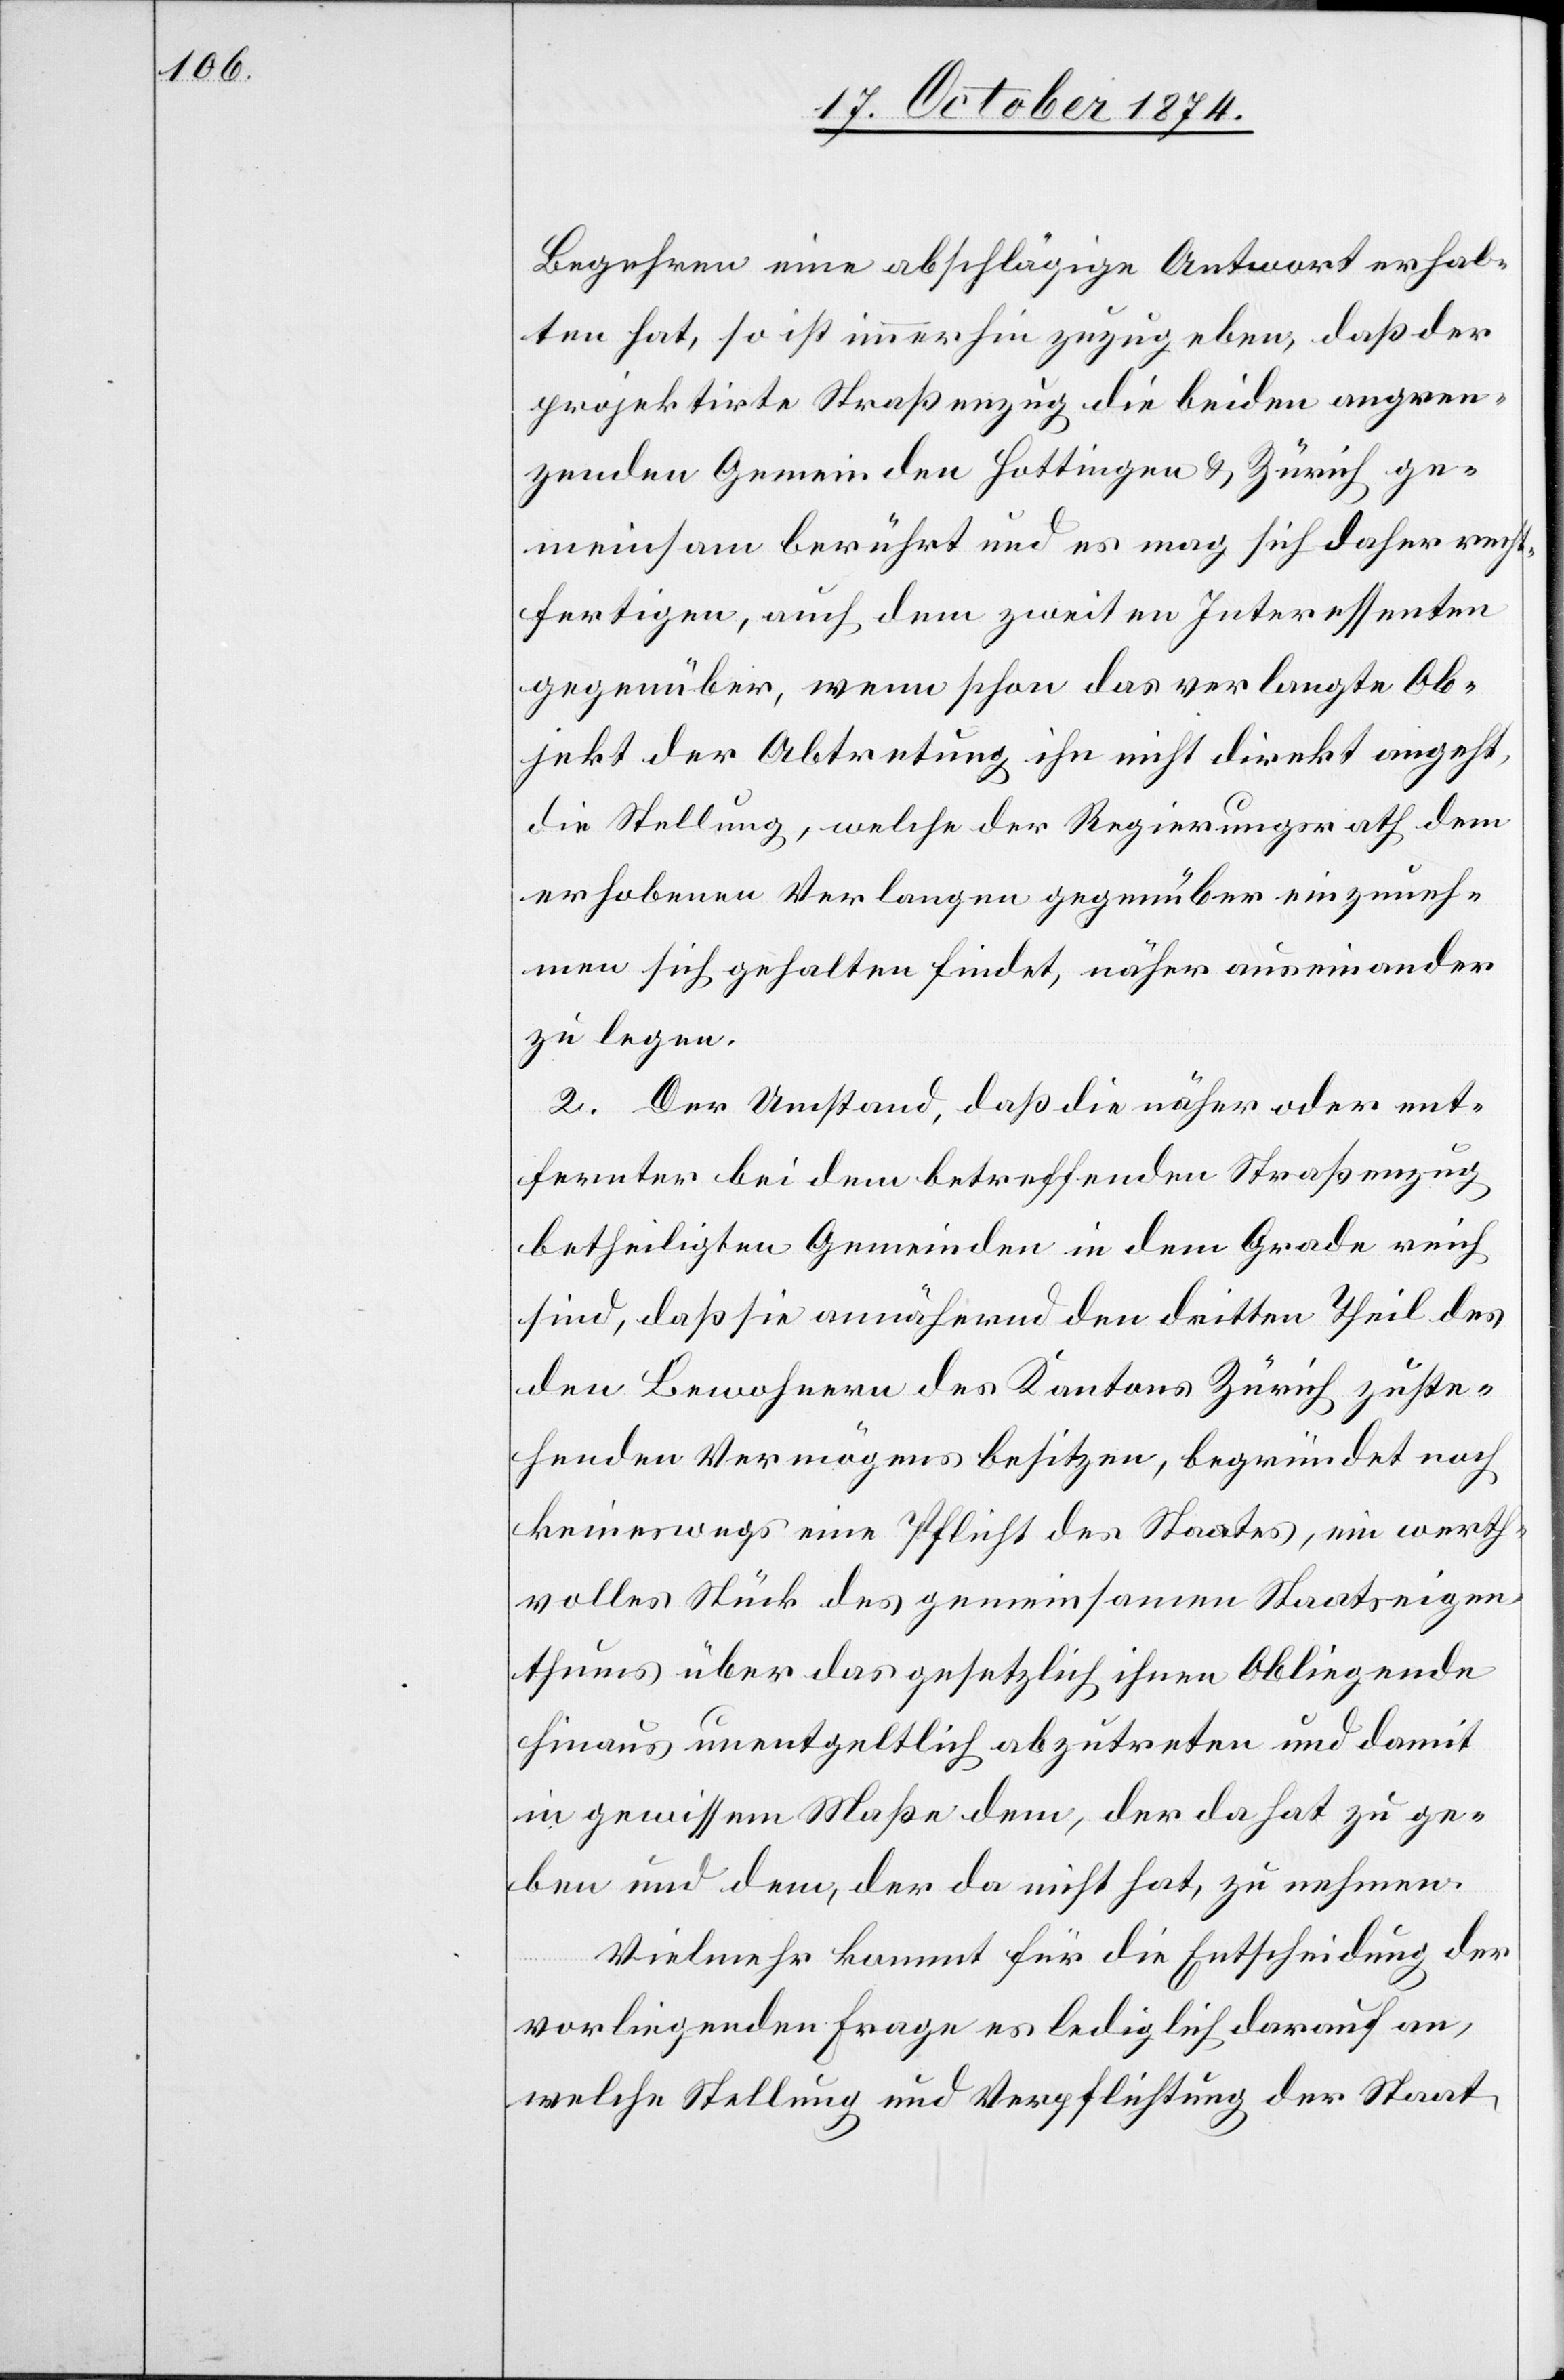
Begehren eine abschlägige Antwort erhal¬
ten hat, so ist immerhin zuzugeben, daß der
projektirte Straßenzug die beiden angren¬
zenden Gemeinden Hottingen & Zürich ge¬
meinsam berührt und es mag sich daher recht¬
fertigen, auch dem zweiten Interessenten
gegenüber, wenn schon das verlangte Ob¬
jekt der Abtretung ihn nicht direkt angeht,
die Stellung, welche der Regierungsrath dem
erhobenen Verlagen gegenüber einzuneh¬
men sich gehalten findet, näher auseinander
zu legen.
2. Der Umstand, daß die näher oder ent¬
fernter bei dem betreffenden Straßenzug
betheiligten Gemeinden in dem Grade reich
sind, daß sie annähernd den dritten Theil des
den Bewohnern des Kantons Zürich zuste¬
henden Vermögens besitzen, begründet noch
keineswegs eine Pflicht des Staates, ein werth¬
volles Stück des gemeinsamen Staatseigen¬
thums über das gesetzlich ihnen Obliegende
hinaus unentgeltlich abzutreten und damit
in gewissem Maße dem, der da hat zu ge¬
ben und dem, der da nicht hat, zu nehmen.
Vielmehr kommt für die Entscheidung der
vorliegenden Frage es lediglich darauf an,
welche Stellung und Verpflichtung der Staate